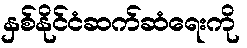
နှစ်နိုင်ငံဆက်ဆံရေးကို